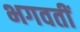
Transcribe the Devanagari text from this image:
भगवतीं